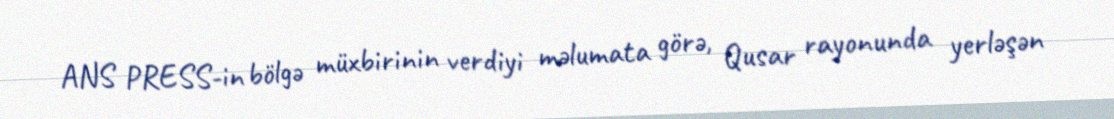
ANS PRESS-in bölgə müxbirinin verdiyi məlumata görə, Qusar rayonunda yerləşən